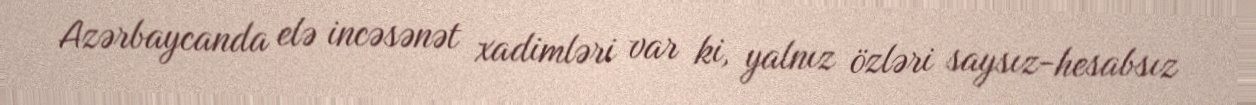
Azərbaycanda elə incəsənət xadimləri var ki, yalnız özləri saysız-hesabsız